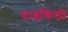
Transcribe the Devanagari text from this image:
साइकिलो